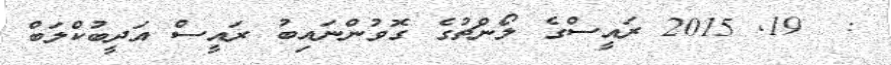
:  19